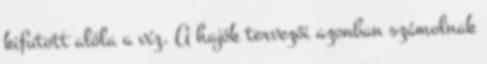
kifutott alóla a víz. A hajók tervezői azonban számolnak